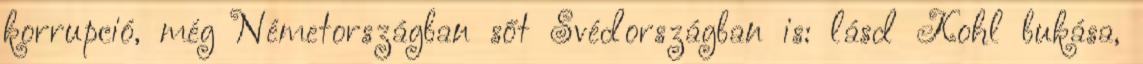
korrupció, még Németországban sőt Svédországban is: lásd Kohl bukása,